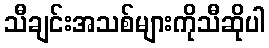
သီချင်းအသစ်များကိုသီဆိုပါ